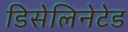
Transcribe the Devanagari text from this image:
डिसेलिनेटेड